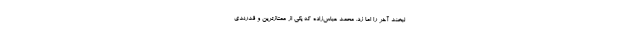
لبخند آخر را اما زد. محمد عباس‌زاده که یکی از ممتاز‌ترین و قدرندی